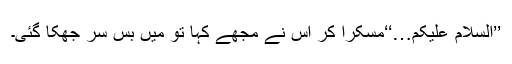
’’السلام علیکم…‘‘مسکرا کر اس نے مجھے کہا تو میں بس سر جھکا گئی۔